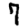
Digit: 7